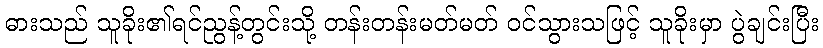
ဓားသည် သူခိုး၏ရင်ညွန့်တွင်းသို့ တန်းတန်းမတ်မတ် ဝင်သွားသဖြင့် သူခိုးမှာ ပွဲချင်းပြီး